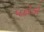
પદોડો